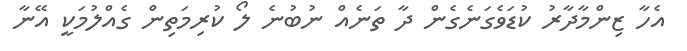
އެހާ ޒިންމާދާރު ކުޑަވެގަނެގެން ދާ ތަނެއް ނުބުނެ ލޯ ކުރިމަތިން ގެއްލުމަކީ އޭނާ